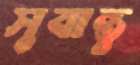
সুবান্তু